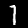
Digit: 7